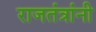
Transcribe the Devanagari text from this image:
राजतंत्रांनी